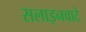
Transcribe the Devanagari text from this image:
सलाइनवाटे